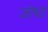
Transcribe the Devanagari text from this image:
जंधा